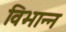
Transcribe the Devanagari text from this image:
विभान्न